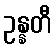
ဥန္နတီ